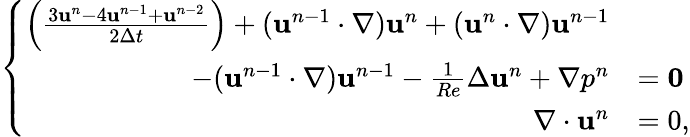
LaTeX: \begin{array}{r}{\left\{ \begin{array}{ll}{\begin{array}{rl}{\left(\frac{3\mathbf{u}^{n}-4\mathbf{u}^{n-1}+\mathbf{u}^{n-2}}{2\Delta t}\right)+(\mathbf{u}^{n-1}\cdot\nabla)\mathbf{u}^{n}+(\mathbf{u}^{n}\cdot\nabla)\mathbf{u}^{n-1}}&\\ {-(\mathbf{u}^{n-1}\cdot\nabla)\mathbf{u}^{n-1}-\frac{1}{Re}\Delta\mathbf{u}^{n}+\nabla p^{n}}&{=\mathbf{0}}\\ {\nabla\cdot\mathbf{u}^{n}}&{=0,}\end{array}}\end{array}\right.}\end{array}